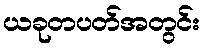
ယခုတပတ်အတွင်း